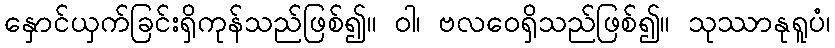
နှောင်ယှက်ခြင်းရှိကုန်သည်ဖြစ်၍။ ဝါ၊ ဗလဝေရှိသည်ဖြစ်၍။ သုဿာနုရူပံ၊